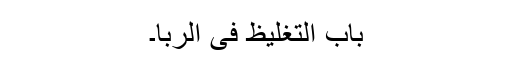
باب التغلیظ فی الربا۔